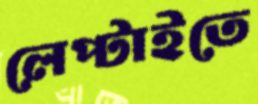
লেপ্‌টাইতে